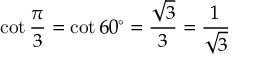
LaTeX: \cot { \frac { \pi } { 3 } } = \cot 6 0 ^ { \circ } = { \frac { \sqrt { 3 } } { 3 } } = { \frac { 1 } { \sqrt { 3 } } }